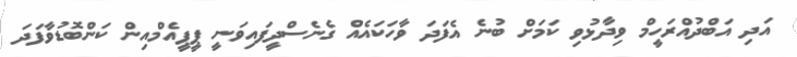
އަދި އަބްދުއްރަހީމް ވިދާޅުވި ކަމަށް ބުނެ އެފަދަ ވާހަކައެއް ގެނެސްދީފައިވަނީ ޕީޕީއެމްއިން ކަންބޮޑުވާފަދަ